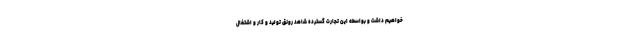
خواهیم داشت و بواسطه این تجارت گسترده شاهد رونق تولید و کار و اشتغال